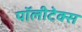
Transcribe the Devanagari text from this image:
पॉलीटेक्स